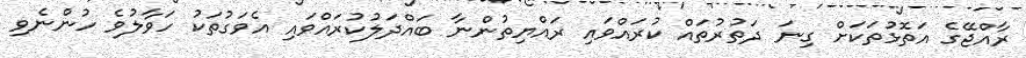
ރާއްޖޭގެ އަތޮޅުތަކަށް ގިނަ ދަތުރުތައް ކުރައްވައި ރައްޔިތުންނާ ބައްދަލުކުރައްވައި އެވަގުތަކު ހަވާލުވެ ހުންނެވި